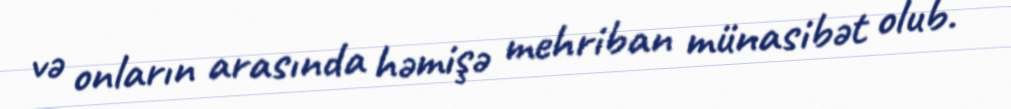
və onların arasında həmişə mehriban münasibət olub.